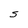
Character: S